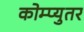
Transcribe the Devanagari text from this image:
कोम्प्युतर